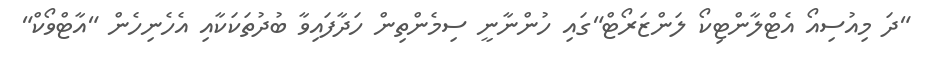
"ދަ މިއުސިއޯ އެޓްލާންޓިކޯ ލަންޒަރޯޓް"ގައި ހުންނާނީ ސިމެންތިން ހަދާފައިވާ ބުދުތަކަކާއި އެހެނިހެން "އާޓްވޯކް"